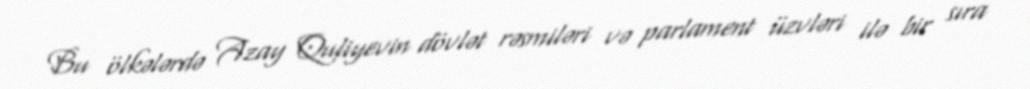
Bu ölkələrdə Azay Quliyevin dövlət rəsmiləri və parlament üzvləri ilə bir sıra